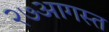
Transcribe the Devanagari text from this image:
२७आगस्त